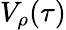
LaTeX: V_{\rho}(\tau)